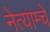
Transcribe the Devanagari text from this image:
नेत्याम्चे